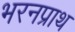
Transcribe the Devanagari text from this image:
भरनप्राथ